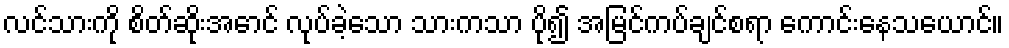
လင်သားကို စိတ်ဆိုးအောင် လုပ်ခဲ့သော သားကသာ ပို၍ အမြင်ကပ်ချင်စရာ ကောင်းနေသယောင်။